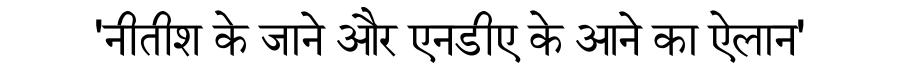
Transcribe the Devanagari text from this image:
'नीतीश के जाने और एनडीए के आने का ऐलान'